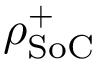
\rho _ { \mathrm { S o C } } ^ { + }